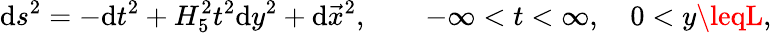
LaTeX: \mathrm{d}s^{2}=-\mathrm{d}t^{2}+H_{5}^{2}t^{2}\mathrm{d}y^{2}+\mathrm{d}\vec{{x}}^{2},\qquad-\infty<t<\infty,\quad0<y\leqL,